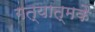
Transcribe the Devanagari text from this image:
गत्यात्मकै